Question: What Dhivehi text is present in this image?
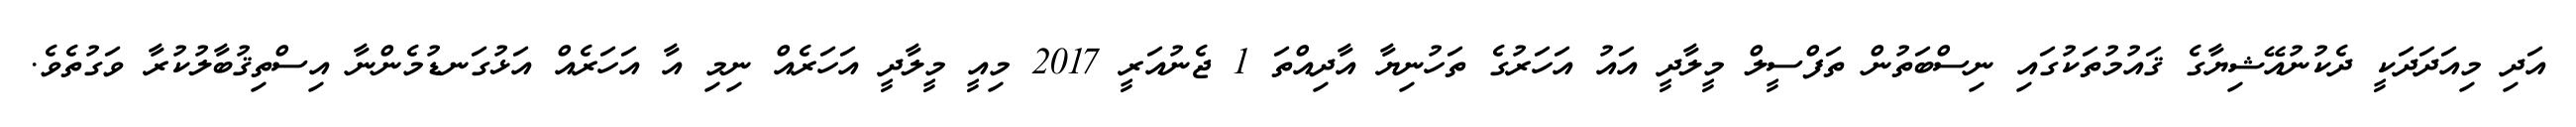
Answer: އަދި މިއަދަދަކީ ދެކުނުއޭޝިޔާގެ ޤައުމުތަކުގައި ނިސްބަތުން ތަފްސީލް މީލާދީ އައު އަހަރުގެ ތަހުނިޔާ އާދިއްތަ 1 ޖެނުއަރީ 2017 މިއީ މީލާދީ އަހަރެއް ނިމި އާ އަހަރެއް އަޅުގަނޑުމެންނާ އިސްތިޤުބާލުކުރާ ވަގުތެވެ.